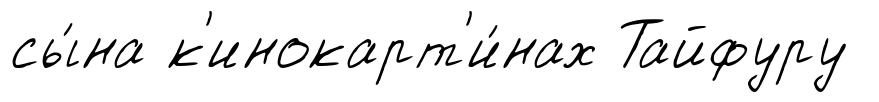
сы́на к'инокарт'и́нах Тайфуру